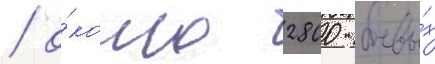
/ о́коло 2800 боевы́х